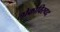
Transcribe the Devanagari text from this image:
लोकाविरुध्द